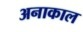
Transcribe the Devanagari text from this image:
अनाकाल